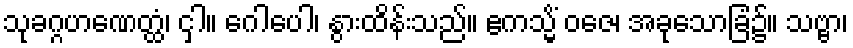
သုခဂ္ဂဟဏေတ္ထံ၊ ငှါ။ ဂေါပေါ၊ နွားထိန်းသည်။ ဧကသ္မိံ ဝဇေ၊ အခုသောခြံ၌။ သဗ္ဗာ၊